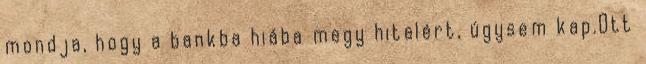
mondja, hogy a bankba hiába megy hitelért, úgysem kap.Ott